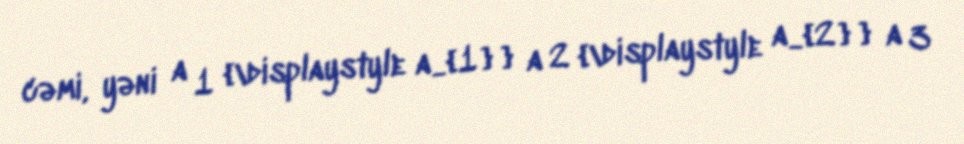
cəmi, yəni a 1 {\displaystyle a_{1}} a 2 {\displaystyle a_{2}} a 3